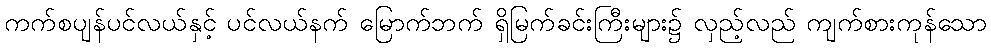
ကက်စပျန်ပင်လယ်နှင့် ပင်လယ်နက် မြောက်ဘက် ရှိမြက်ခင်းကြီးများ၌ လှည့်လည် ကျက်စားကုန်သော